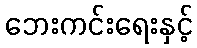
ဘေးကင်းရေးနှင့်